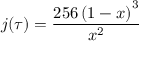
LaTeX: j ( \tau ) = { \frac { 2 5 6 \left( 1 - x \right) ^ { 3 } } { x ^ { 2 } } }